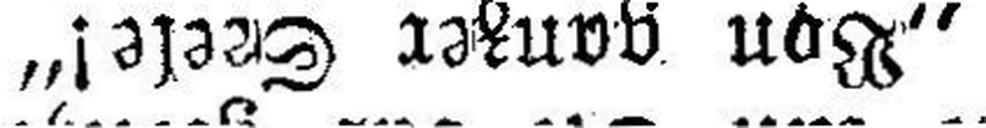
„Von ganzer S###ele!“